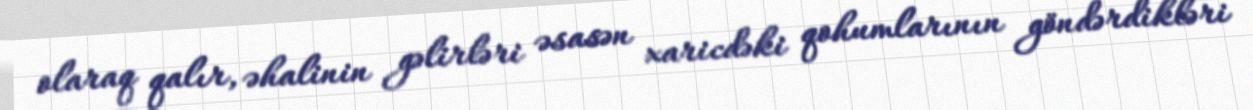
olaraq qalır, əhalinin gəlirləri əsasən xaricdəki qohumlarının göndərdikləri